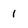
Character: I